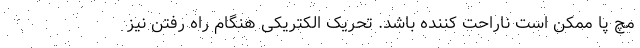
مچ پا ممکن است ناراحت کننده باشد. تحریک الکتریکی هنگام راه رفتن نیز